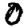
Digit: 0